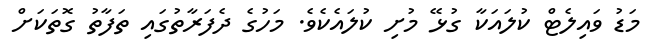
މަޑު ވައިލެޓް ކުލައަކާ ގުޅޭ މުށި ކުލައެކެވެ. މަހުގެ ދެފަރާތުގައި ތަފާތު ގޮތަކަށް